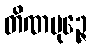
တိဏပုဉ္ဇေ